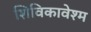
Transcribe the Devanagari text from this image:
शिविकावेश्म